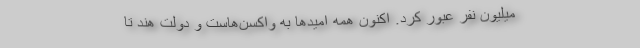
میلیون نفر عبور کرد. اکنون همه امیدها به واکسن‌هاست و دولت هند تا